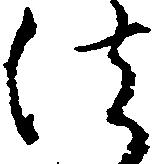
法